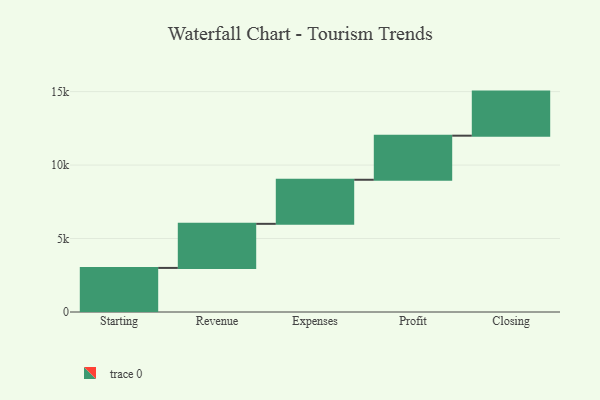
{"axis": {"x": "Step", "y": "Value"}, "legend": [""], "data": [{"x": "Starting", "y": 3000, "type": ""}, {"x": "Revenue", "y": 3000, "type": ""}, {"x": "Expenses", "y": 3000, "type": ""}, {"x": "Profit", "y": 3000, "type": ""}, {"x": "Closing", "y": 3000, "type": ""}]}